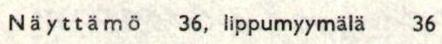
Näyttämö 36, lippumyymälä 36